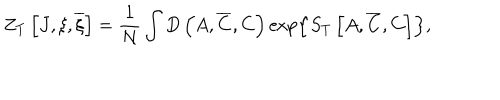
Z _ { T } \left[ J , \xi , \overline { { { \xi } } } \right] = \frac 1 N \int D \left( A , \overline { { { C } } } , C \right) \exp \left\{ S _ { T } \left[ A , \overline { { { C } } } , C \right] \right\} ,